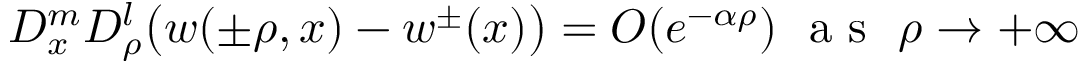
\begin{array} { r } { D _ { x } ^ { m } D _ { \rho } ^ { l } \big ( w ( \pm \rho , x ) - w ^ { \pm } ( x ) \big ) = O ( e ^ { - \alpha \rho } ) \ \mathrm { ~ a ~ s ~ } \ \rho \rightarrow + \infty } \end{array}